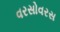
વરસોવરસ